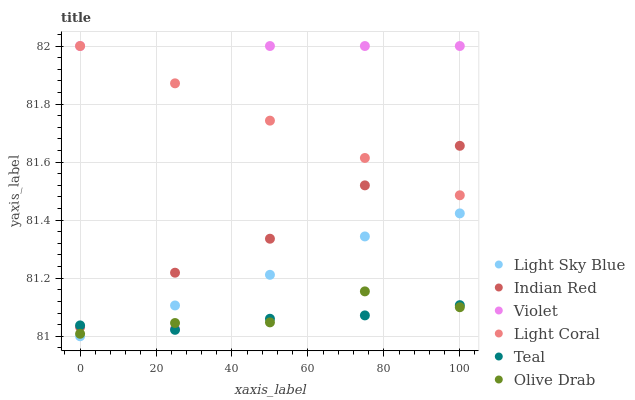
| xaxis_label | Light Sky Blue | Indian Red | Violet | Light Coral | Teal | Olive Drab |
 | --- | --- | --- | --- | --- | --- | --- |
 | 0 | 81 | 81 | 82 | 82 | 81 | 81 |
 | 25 | 81.1 | 81.2 | 81 | 81.9 | 81 | 81 |
 | 50 | 81.2 | 81.3 | 82 | 81.7 | 81.1 | 81 |
 | 75 | 81.3 | 81.5 | 82 | 81.6 | 81.1 | 81.2 |
 | 100 | 81.4 | 81.7 | 82 | 81.5 | 81.1 | 81.1 |